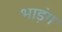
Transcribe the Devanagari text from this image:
भाड़ंग